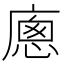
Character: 𢊕